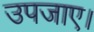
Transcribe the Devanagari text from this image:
उपजाए।